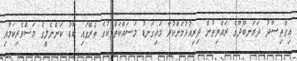
އިގްތިޞާދު ދަރަނބޫދޫގެ ރައްޔިތުން ދިރިއުޅުމަށްކުރާ މައިގަނޑު މަސައްކަތްތަކުގެ ތެރޭގައި ބޮޑު ކަންނެލީގެ މަސްވެރިކަމާއި